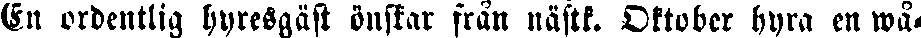
En ordentlig hyresgäst önskar från nästk. Oktober hyra en wå-